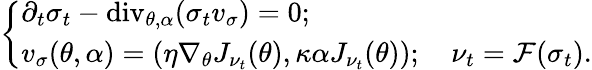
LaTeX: \left\{ \begin{array}{ll}{\partial_{t}\sigma_{t}-\mathrm{div}_{\theta,\alpha}(\sigma_{t}v_{\sigma})=0;}\\ {v_{\sigma}(\theta,\alpha)=\left(\eta\nabla_{\theta}J_{\nu_{t}}(\theta),\kappa\alpha J_{\nu_{t}}(\theta)\right);\quad\nu_{t}=\mathcal{F}(\sigma_{t}).}\end{array}\right.